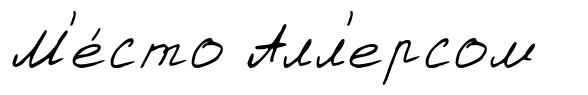
М'е́сто Алл'ерсом